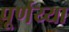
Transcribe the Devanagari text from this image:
पूर्णय्या